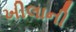
ખીલાની